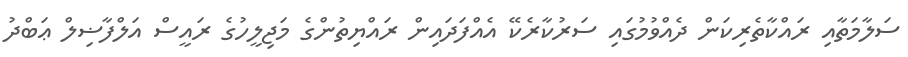
ސަލާމަތާއި ރައްކާތެރިކަން ދެއްވުމުގައި ސަރުކާރެކޭ އެއްފަދައިން ރައްޔިތުންގެ މަޖިލީހުގެ ރައީސް އަލްފާޟިލް ޢަބްދު